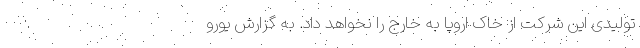
تولیدی این شرکت از خاک اروپا به خارج را نخواهد داد. به گزارش یورو